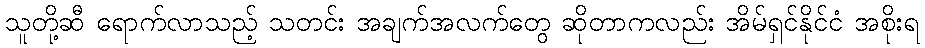
သူတို့ဆီ ရောက်လာသည့် သတင်း အချက်အလက်တွေ ဆိုတာကလည်း အိမ်ရှင်နိုင်ငံ အစိုးရ